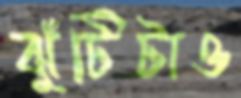
ঝুঁটিটাও